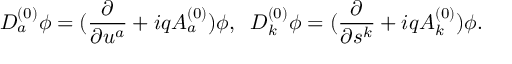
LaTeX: D _ { a } ^ { ( 0 ) } \phi = ( \frac { \partial } { \partial u ^ { a } } + i q A _ { a } ^ { ( 0 ) } ) \phi , \; \; D _ { k } ^ { ( 0 ) } \phi = ( \frac { \partial } { \partial s ^ { k } } + i q A _ { k } ^ { ( 0 ) } ) \phi .